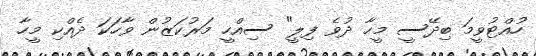
ހުއްޓުވީމަ ބިދޭސީ މީހާ ދުވެ ފިލީ" ސިއްހީ މަރުކަޒުން ވާހަކަ ދެއްކި މީހާ